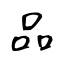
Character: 品